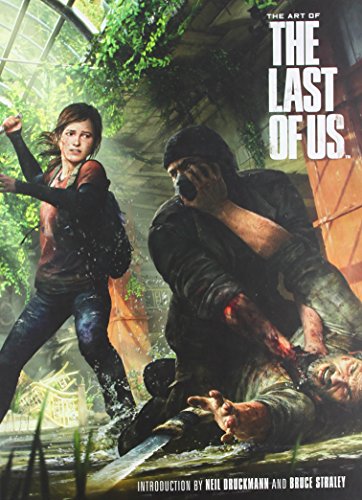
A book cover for The Art of The Last of Us; Various; Humor & Entertainment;